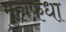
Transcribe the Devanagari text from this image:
मुहाफ़धा